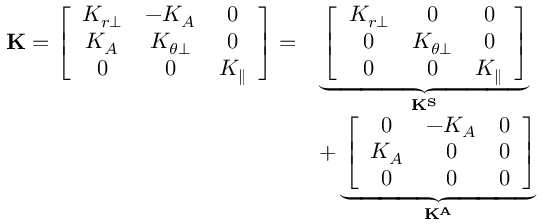
\begin{array} { r l } { \mathbf { K } = \left[ \begin{array} { c c c } { K _ { r \perp } } & { - K _ { A } } & { 0 } \\ { K _ { A } } & { K _ { \theta \perp } } & { 0 } \\ { 0 } & { 0 } & { K _ { \parallel } } \end{array} \right] = } & { \underbrace { \left[ \begin{array} { c c c } { K _ { r \perp } } & { 0 } & { 0 } \\ { 0 } & { K _ { \theta \perp } } & { 0 } \\ { 0 } & { 0 } & { K _ { \parallel } } \end{array} \right] } _ { \mathbf { K ^ { S } } } } \\ & { + \underbrace { \left[ \begin{array} { c c c } { 0 } & { - K _ { A } } & { 0 } \\ { K _ { A } } & { 0 } & { 0 } \\ { 0 } & { 0 } & { 0 } \end{array} \right] } _ { \mathbf { K ^ { A } } } } \end{array}